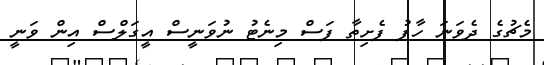
މެޗުގެ ދެވަނަ ހާފު ފެށިތާ ފަސް މިނެޓު ނުވަނީސް އީގަލްސް އިން ވަނީ